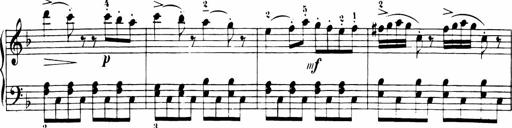
Title: 11 Sonatinas for Piano Solo
Composer: Anton Diabelli